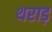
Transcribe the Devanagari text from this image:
थराड़